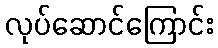
လုပ်ဆောင်ကြောင်း